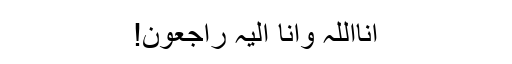
انااللہ وانا الیہ راجعون!